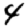
Digit: 4